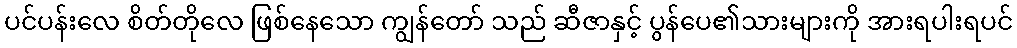
ပင်ပန်းလေ စိတ်တိုလေ ဖြစ်နေသော ကျွန်တော် သည် ဆီဇာနှင့် ပွန်ပေ၏သားများကို အားရပါးရပင်